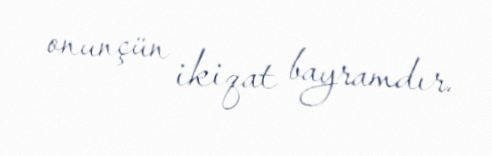
onunçün ikiqat bayramdır.